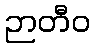
ဉာတီဝ